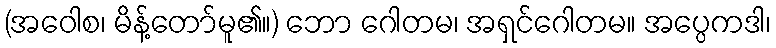
(အဝေါစ၊ မိန့်တော်မူ၏။) ဘော ဂေါတမ၊ အရှင်ဂေါတမ။ အပ္ပေကဒါ၊